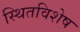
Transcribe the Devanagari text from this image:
स्थितविशेष